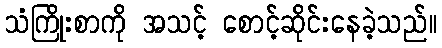
သံကြိုးစာကို အသင့် စောင့်ဆိုင်းနေခဲ့သည်။